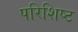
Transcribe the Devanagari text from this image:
परिशिष्‍ट